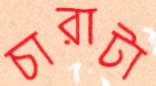
চারাটা